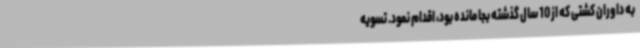
به داوران کشتی که از 10 سال گذشته بجا مانده بود، اقدام نمود. تسویه